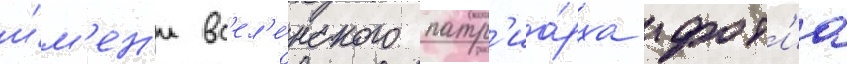
и́м'ен'и вс'ел'е́нского патр'иа́рха фот'иа